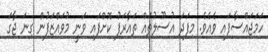
ހަމަޖައްސާފައި ވެއެވެ. މިފަދަ އުސޫލުތައް ތައާރަފު ކޮށްފައި ވަނީ މުވައްޒަފުން ގިނަަ ޖާގަ